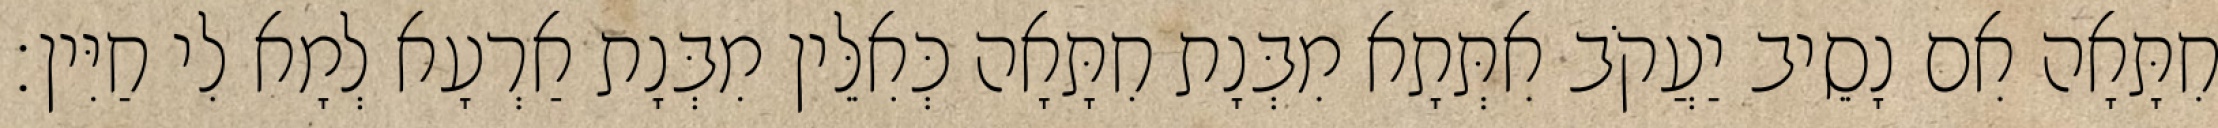
חִתָּאָה אִם נָסֵיב יַעֲקֹב אִתְּתָא מִבְּנָת חִתָּאָה כְּאִלֵּין מִבְּנָת אַרְעָא לְמָא לִי חַיִּין׃